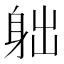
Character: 䠳